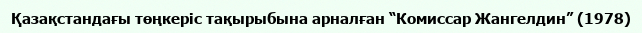
Қазақстандағы төңкеріс тақырыбына арналған “Комиссар Жангелдин” (1978)